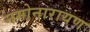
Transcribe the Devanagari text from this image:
नमोनारायण